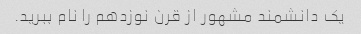
یک دانشمند مشهور از قرن نوزدهم را نام ببرید.